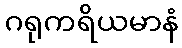
ဂရုကရိယမာနံ